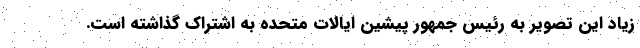
زیاد این تصویر به رئیس جمهور پیشین ایالات متحده به اشتراک گذاشته است.